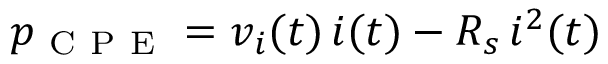
p _ { \mathrm { ~ C ~ P ~ E ~ } } = v _ { i } ( t ) \, i ( t ) - R _ { s } \, i ^ { 2 } ( t )